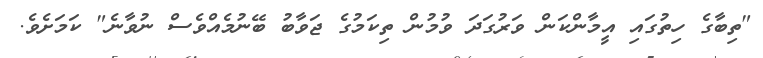
"ތިބާގެ ހިތުގައި އީމާންކަން ވަރުގަދަ ވުމުން ތިކަމުގެ ޖަވާބު ބޭނުމެއްވެސް ނުވާނެ" ކަމަށެވެ.